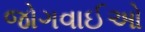
જોગવાઈઓ